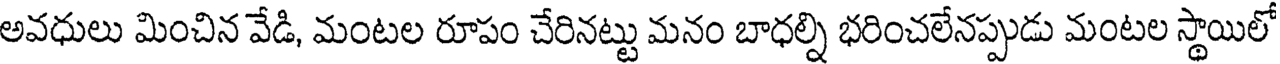
అవధులు మించిన వేడి, మంటల రూపం చేరినట్టు మనం బాధల్ని భరించలేనప్పుడు మంటల స్థాయిలో